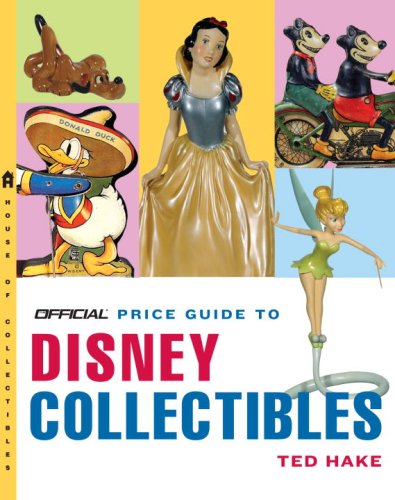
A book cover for The Official Price Guide to Disney Collectibles, Second Edition; Ted Hake; Crafts, Hobbies & Home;